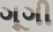
ગૂગી